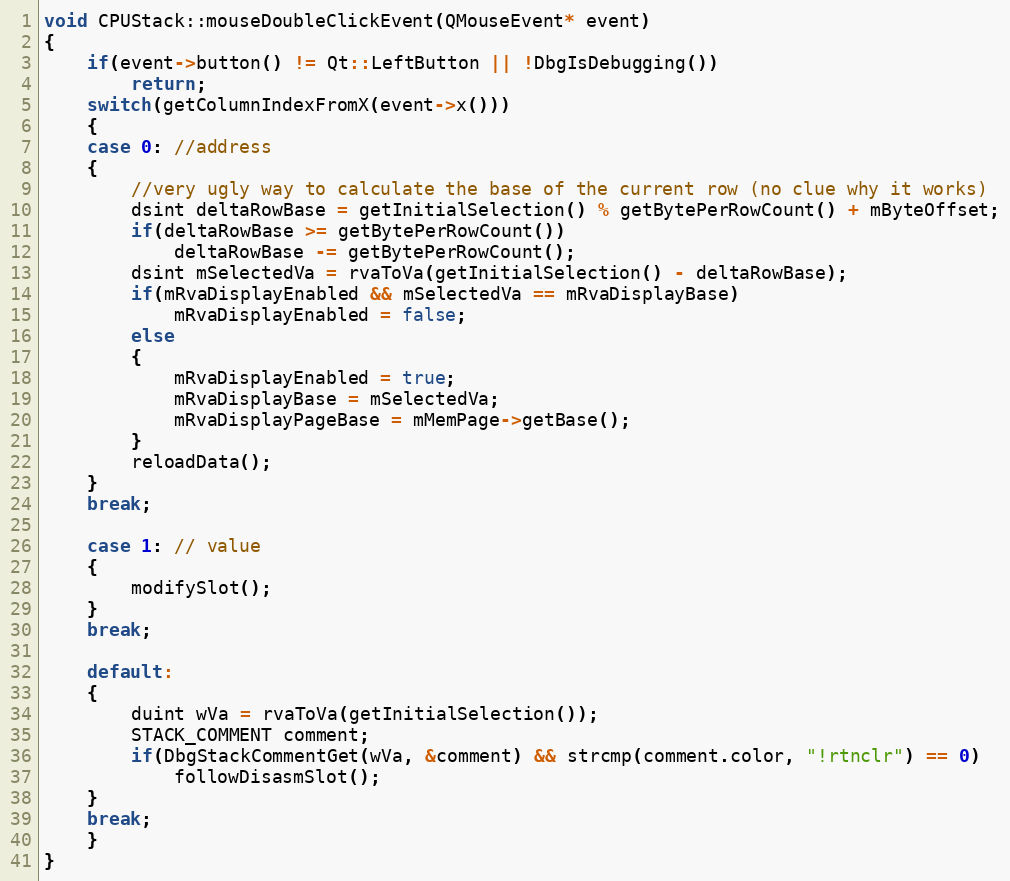
Language: C++
void CPUStack::mouseDoubleClickEvent(QMouseEvent* event)
{
    if(event->button() != Qt::LeftButton || !DbgIsDebugging())
        return;
    switch(getColumnIndexFromX(event->x()))
    {
    case 0: //address
    {
        //very ugly way to calculate the base of the current row (no clue why it works)
        dsint deltaRowBase = getInitialSelection() % getBytePerRowCount() + mByteOffset;
        if(deltaRowBase >= getBytePerRowCount())
            deltaRowBase -= getBytePerRowCount();
        dsint mSelectedVa = rvaToVa(getInitialSelection() - deltaRowBase);
        if(mRvaDisplayEnabled && mSelectedVa == mRvaDisplayBase)
            mRvaDisplayEnabled = false;
        else
        {
            mRvaDisplayEnabled = true;
            mRvaDisplayBase = mSelectedVa;
            mRvaDisplayPageBase = mMemPage->getBase();
        }
        reloadData();
    }
    break;

    case 1: // value
    {
        modifySlot();
    }
    break;

    default:
    {
        duint wVa = rvaToVa(getInitialSelection());
        STACK_COMMENT comment;
        if(DbgStackCommentGet(wVa, &comment) && strcmp(comment.color, "!rtnclr") == 0)
            followDisasmSlot();
    }
    break;
    }
}